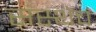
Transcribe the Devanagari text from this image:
संस्थेचं